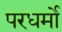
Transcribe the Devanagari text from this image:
परधर्मो